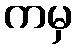
ကမှ